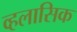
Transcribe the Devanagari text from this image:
व्हलासिक